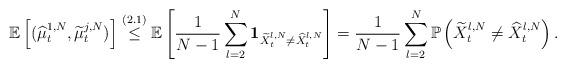
LaTeX: \begin{align*}\mathbb E \left[ (\widehat{\mu}^{1,N}_t,\widetilde{\mu}^{j,N}_t) \right]\overset{(2.1)}{\leq} \mathbb E \left[ \frac{1}{N-1}\sum_{l=2}^N \boldsymbol{1}_{\widetilde{X}^{l,N}_t\neq \widehat{X}^{l,N}_t} \right]=\frac{1}{N-1}\sum_{l=2}^N \mathbb{P}\left(\widetilde{X}^{l,N}_t\neq \widehat{X}^{l,N}_t\right).\end{align*}